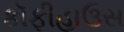
કૉફીહાઉસ